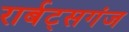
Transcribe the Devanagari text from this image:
रार्बट्सगंज